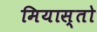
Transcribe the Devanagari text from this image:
मियास्तो